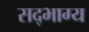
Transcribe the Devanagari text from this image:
सद्‌भाग्य